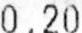
0.20